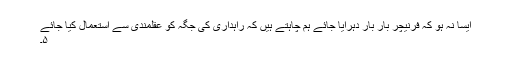
ایسا نہ ہو کہ فرنیچر بار بار دہرایا جائے ہم چاہتے ہیں کہ راہداری کی جگہ کو عقلمندی سے استعمال کیا جائے
۵۔